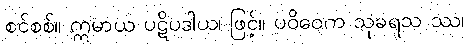
စင်စစ်။ ဣမာယ ပဋိပဒါယ၊ ဖြင့်။ ပဝိဝေက သုခရသ ဿ၊